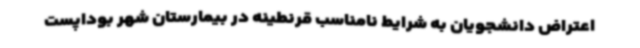
اعتراض دانشجویان به شرایط‌ نامناسب قرنطینه در بیمارستان شهر بوداپست